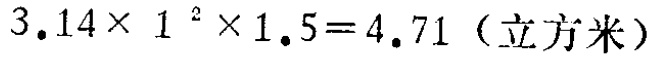
\(3.14\times 1^{2}\times 1.5 = 4.71 \text{（立方米）}\)